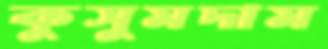
কুসুমদাম